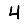
Digit: 4